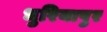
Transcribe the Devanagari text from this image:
धुरियापुर